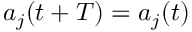
a _ { j } ( t + T ) = a _ { j } ( t )